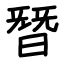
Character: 朁